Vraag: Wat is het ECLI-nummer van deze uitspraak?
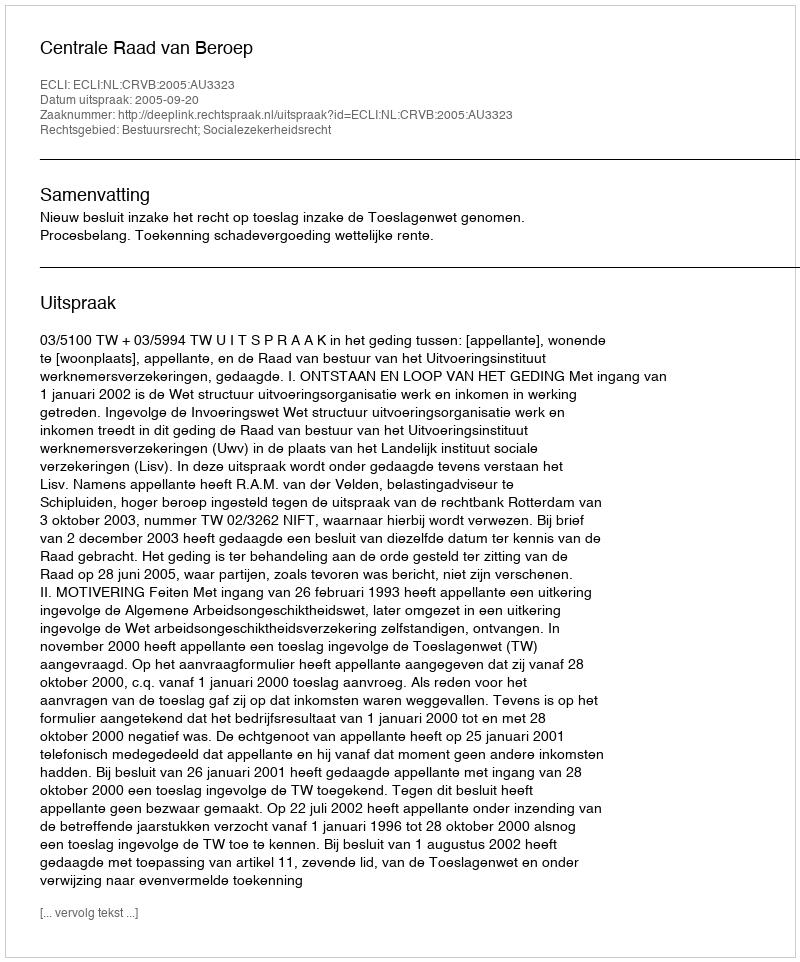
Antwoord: ECLI:NL:CRVB:2005:AU3323